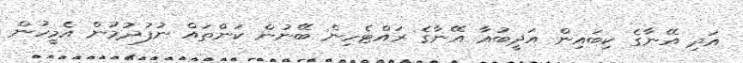
އަދި އޭނާގެ ކިބައިން އަދީބުއާ އޭނާގެ ރައްޓެހިން ބޭނުން ކަންތައް ނުފުދުމުން އެމީހުން